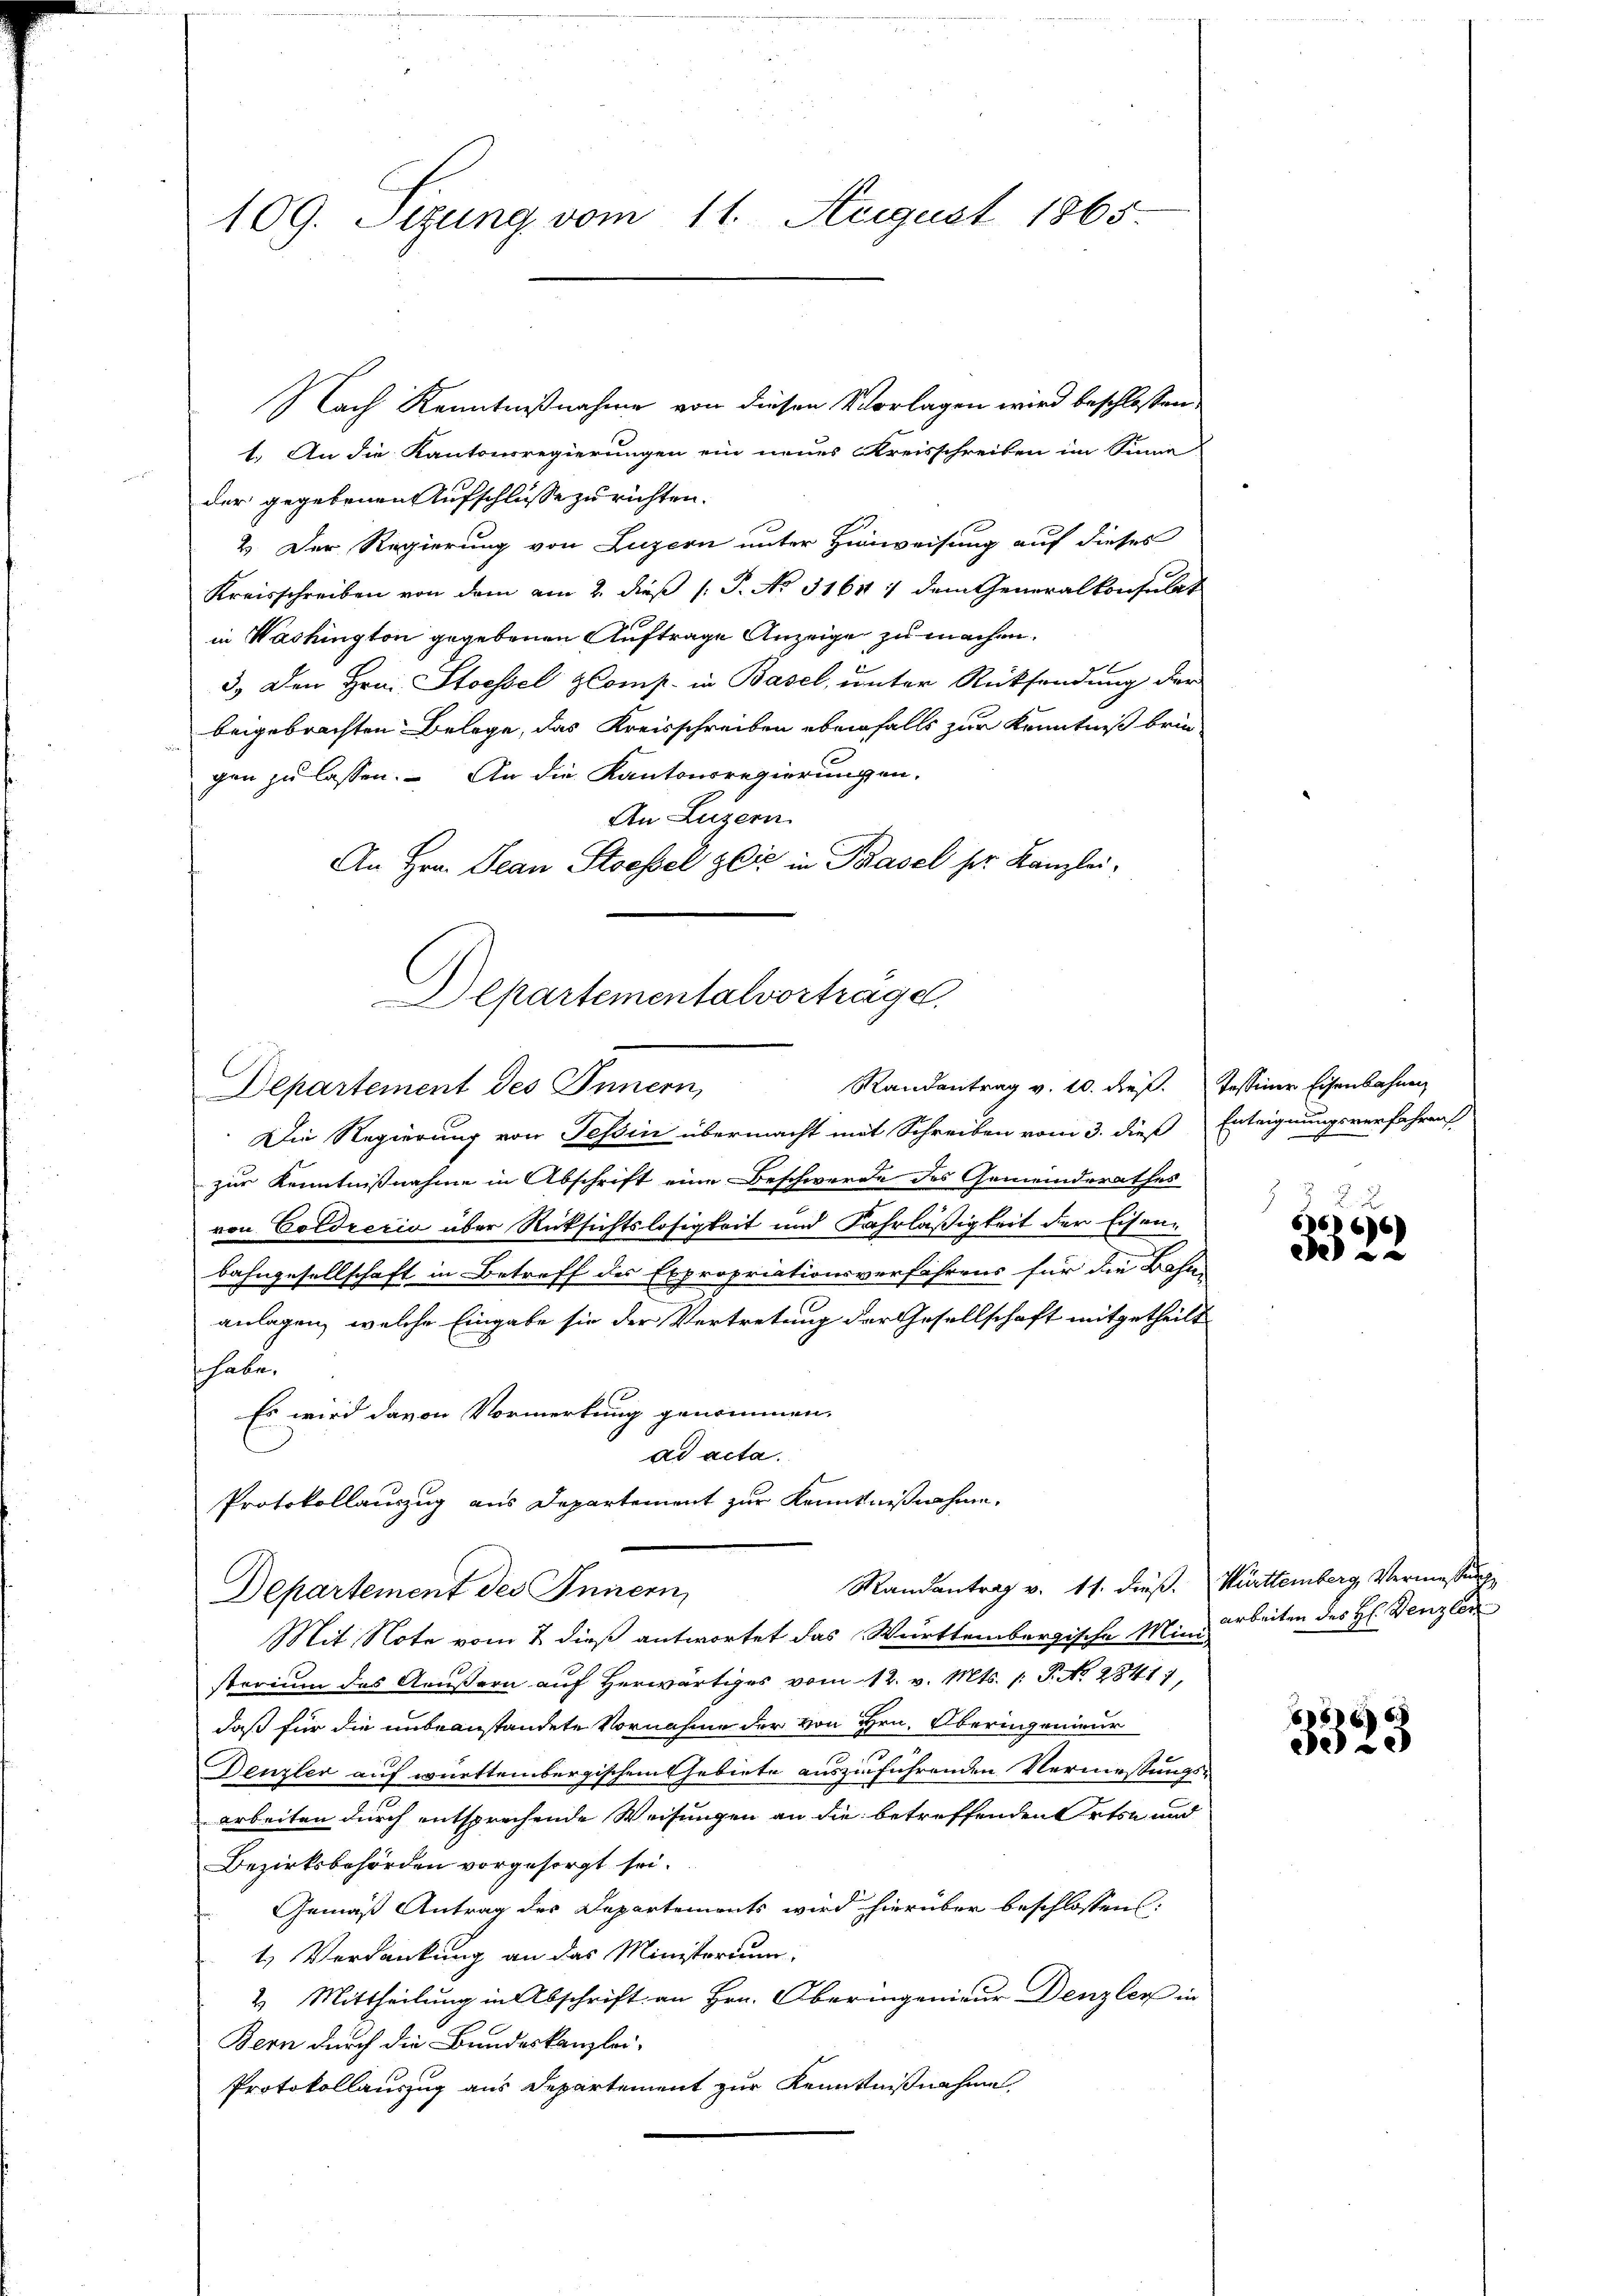
109. Sitzung vom 11. August 1865.

Nach Kenntnißnahme von diesen Vorlagen wird beschlossen
1. An die Kantonsregierungen ein neues Kreisschreiben im Sinne
der gegebenen Aufschlusse zu richten.
2. Der Regierung von Luzern unter Hinweisung auf dieses
Kreisschreiben von dem am 2. dieß P. No. 31611 dem Generalkonsulat
in Washington gegebenen Auftrage Anzeige zu machen.
3.) Den Hrn. Stoessel Comp. in Basel, unter Rücksendung der
beigebrachten Belege, das Kreisschreiben ebenfalls zur Kenntniß bringen zu lassen. An die Kantonsregierungen.
An Luzern
An Hrn. Jean Stoessel & Cie in Paasel ser Kanzlei-
Die Regierung von Tessin übermacht mit Schreiben vom 3. dieß Enteignungsverfahren
zur Kenntnißnahme in Abschrift eine Beschwerde des Gemeinderathes
von Coldzecio über Rücksichtslosigkeit und Fahrläßigkeit der Eisenbahngesellschaft in Betreff des Expropriationsverfahrens für die Bahn-
anlagen, welche Eingabe sie der Vertretung der Gesellschaft mitgetheilt
shabe.
Es wird davon Vormerkung genommen,
ad acta.
Protokollauszug aus Departement zur Kenntnißnahme.
Mandantrag v. 11. dieß. Württemberg, Vermessur
Departement des Innern,
Mit Note vom 2. dieß antwortet das Württembergische Miniarbeiten des H. Fenzler
sterium das Aeußern auf Herwärtiges vom 12. v. Mts. /: P. No 28411,
daß für die unbeanstandete Vornahme der von Hrn. Oberingenieur
Denzler auf württembergischem Gebiete auszuführenden Vermessungs-
arbeiten durch entsprechende Weisungen an die betreffenden Orten und
Bezirksbehörden vorgesorgt sei.
Gemäß Antrag des Departements wird hierüber beschlossens:
1.) Verdankung an das Ministorium
2. Mittheilung in Abschrift an Hrn. Oberingenieur Denzler in
Bern durch die Bundeskanzlei-
Protokollauszug aus Departement zur Kenntnißnahme

Alpartementalvertrage
Departement des Innern, Randantrag v. 10. dieβ.

Tessiner Eisenbahnen

666)

5
3523